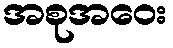
အစုအဝေး